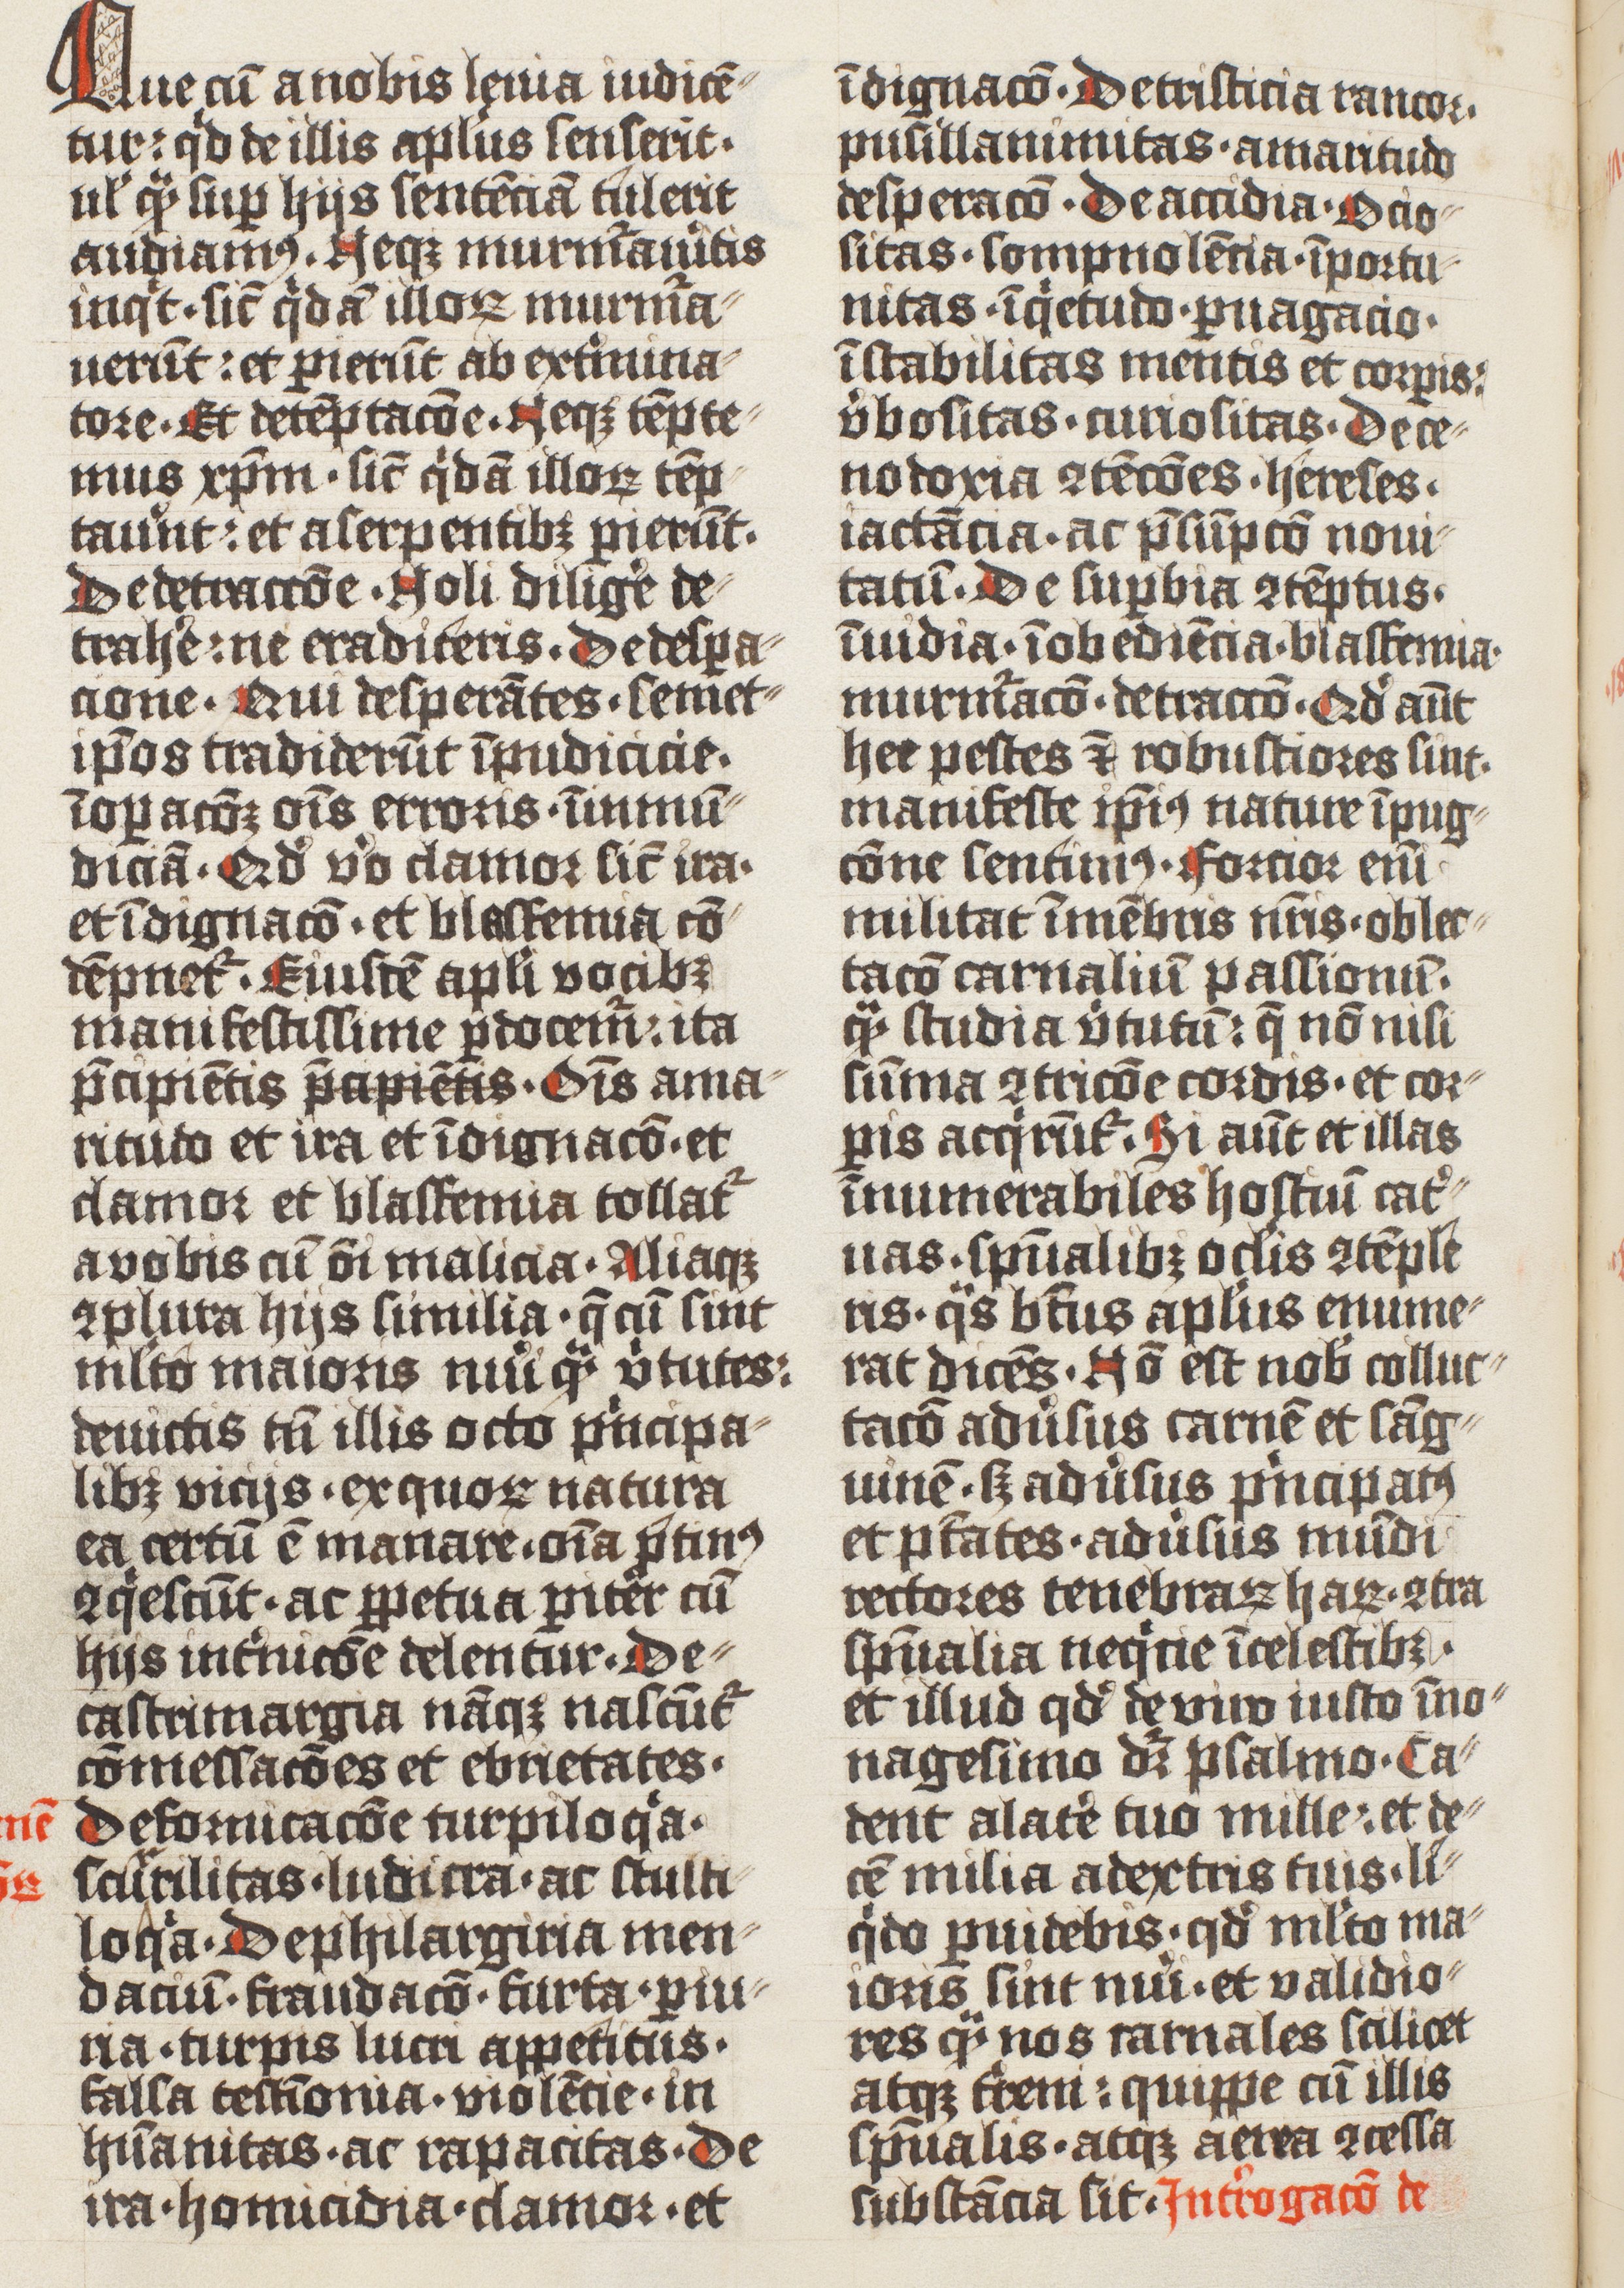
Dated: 1425–1425